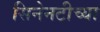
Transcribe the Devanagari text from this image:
सिनेनटीच्या